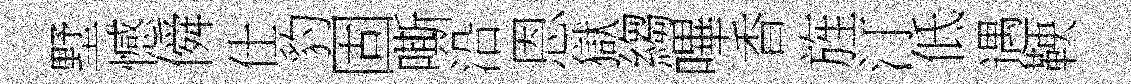
墅憾僢仕豹固嘶沿恩獄縐嗶香旌汀低遇鞅